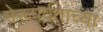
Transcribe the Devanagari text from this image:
मेरूपर्वताच्या